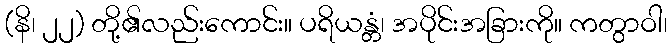
(နိ၊ ၂၂) တို့၏လည်းကောင်း။ ပရိယန္တံ၊ အပိုင်းအခြားကို။ ကတွာဝါ၊